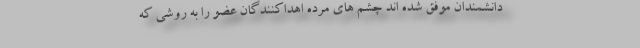
دانشمندان موفق شده اند چشم های مرده اهداکنندگان عضو را به روشی که